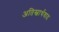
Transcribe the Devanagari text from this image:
अतिस्वार्थवाद